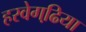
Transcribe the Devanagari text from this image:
हरवेगढि़या